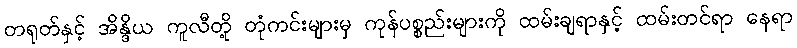
တရုတ်နှင့် အိန္ဒိယ ကူလီတို့ တုံကင်းများမှ ကုန်ပစ္စည်းများကို ထမ်းချရာနှင့် ထမ်းတင်ရာ နေရာ